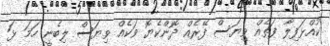
ކުއްޅަފިލާ ފަތެއް ވިޔަސް ފޭރެއް ދޮންކެޔޮ ވަކެއް ވިޔަސް ލިބެނީ ހަމަ ޅަ